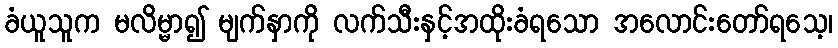
ခံယူသူက မလိမ္မာ၍ မျက်နှာကို လက်သီးနှင့်အထိုးခံရသော အလောင်းတော်ရသေ့၊